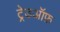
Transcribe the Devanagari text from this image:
ट्रेडऑफ़